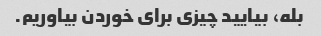
بله، بیایید چیزی برای خوردن بیاوریم.